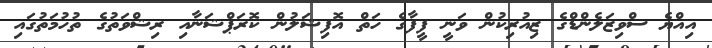
އިއްޔެ ސްވިޒަލެންޑްގެ ޒިއުރިކުން ވަނީ ފީފާގެ ހަތް އޮފިޝަލުން ކޮރަޕްޝަނާއި ރިޝްވަތުގެ ތުހުމަތުގައި